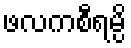
ဖလကစီရမ္ပိ